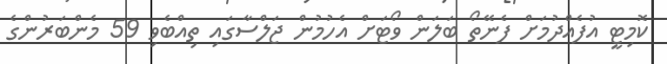
ކޮމިޓީ އުފެއްދުމަށް ފެނޭތޯ ބަލަން ވޯޓަށް އެހުމުން ޖަލްސާގައި ތިއްބެވި 59 މެންބަރުންގެ